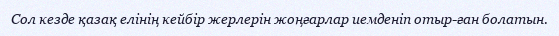
Сол кезде қазақ елінің кейбір жерлерін жоңғарлар иемденіп отыр­ған болатын.